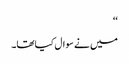
‘‘
میں نے سوال کیاتھا۔